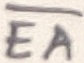
Text: EA